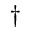
^ \dagger